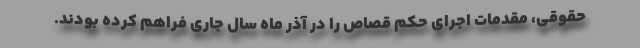
حقوقی، مقدمات اجرای حکم قصاص را در آذر ماه سال جاری فراهم کرده بودند.